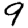
Digit: 9